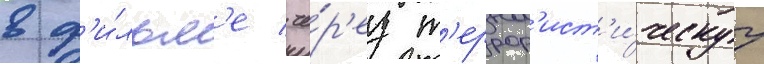
в ф'и́льм'е че́р'ез т'еррор'ист'и́ческуу